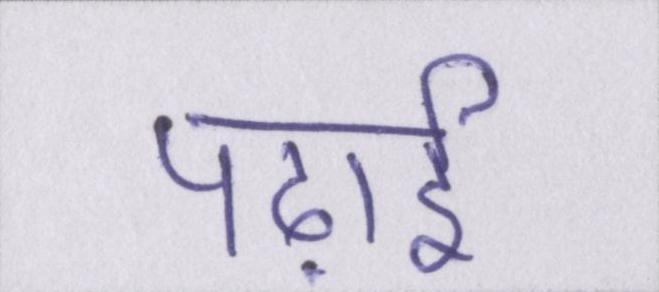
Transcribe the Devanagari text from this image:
पढ़ाई